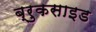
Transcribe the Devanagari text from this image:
ब्रुकसाइड